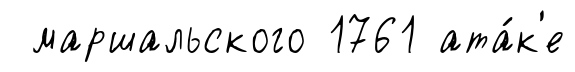
маршальского 1761 ата́к'е